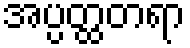
အပ္ပတ္ထတရာ